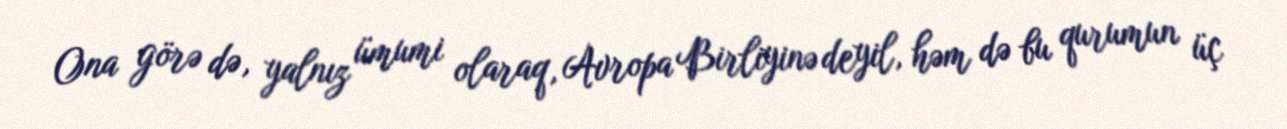
Ona görə də, yalnız ümumi olaraq, Avropa Birliyinə deyil, həm də bu qurumun üç